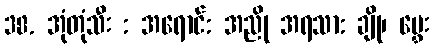
38. အုံတုံသီး : အရောင်: အညို အရသာ: ချို၊ မွှေး